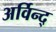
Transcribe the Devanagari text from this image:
अर्विन्द्